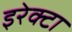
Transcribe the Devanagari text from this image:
इरेक्टा